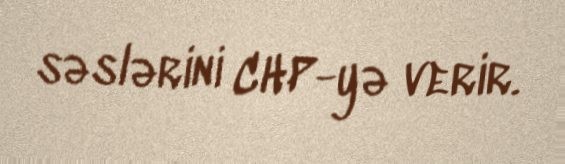
səslərini CHP-yə verir.